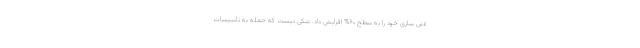
غنی سازی خود را به سطح ۶۰% افزایش داد. شکی نیست که حمله به تاسیسات